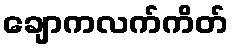
ချောကလက်ကိတ်